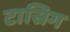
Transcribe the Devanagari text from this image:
टासिग